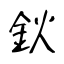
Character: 鈥